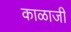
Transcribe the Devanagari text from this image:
काळाजी